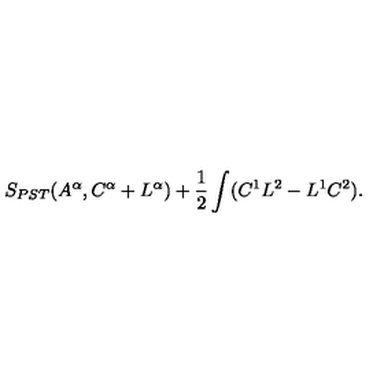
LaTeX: S _ { P S T } ( A ^ { \alpha } , C ^ { \alpha } + L ^ { \alpha } ) + { \frac { 1 } { 2 } } \int ( C ^ { 1 } L ^ { 2 } - L ^ { 1 } C ^ { 2 } ) .